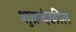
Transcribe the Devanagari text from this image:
शुक्रदेखील